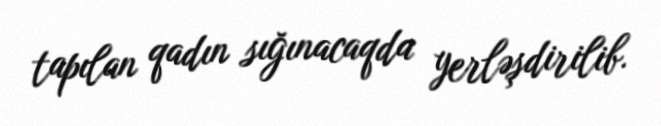
tapılan qadın sığınacaqda yerləşdirilib.